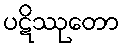
ပဋိဿုတော